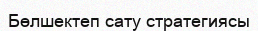
Бөлшектеп сату стратегиясы